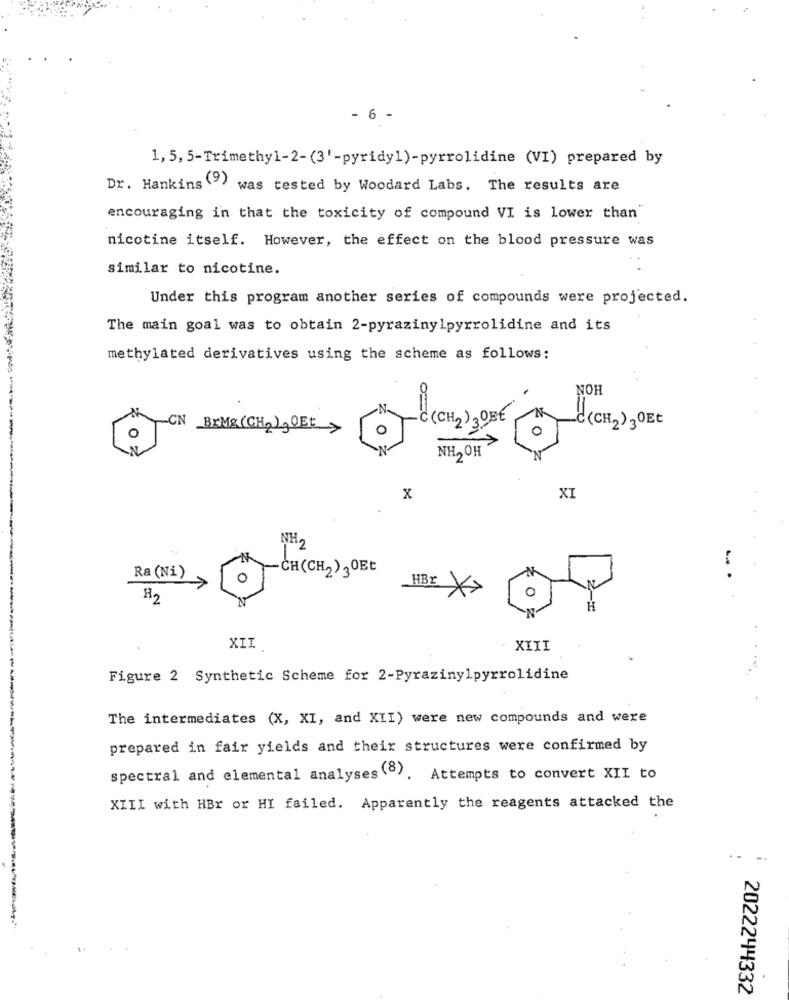
- 6
1, 5, 5-Trimethyl-2-(3'-pyridy1)-pyrrolidine (VI) prepared by
Dr. Hankins (9)
was tested by Woodard Labs. The results are
encouraging in that the toxicity of compound VI is lower than'
nicotine itself. However, the effect on the blood pressure was
similar to nicotine.
Under this program another series of compounds were projected.
The main goal was to obtain 2-pyrazinylpyrrolidine and its
methylated derivatives using the scheme as follows:
NOH
C(CH2)3OBE
CN BrMg(CH2),OEt>
~¿ (CH2)3ºEt
0
NH,OH
XI
X
NH,
CH(CH2)30Et
Ra (Ni)
HBY
H
XII
XIII
Figure 2 Synthetic Scheme for 2-Pyrazinylpyrrolidine
The intermediates (X, XI, and XII) were new compounds and were
prepared in fair yields and their structures were confirmed by
spectral and elemental analyses (). Attempts to convert XII to
XIII with HBr or HI failed. Apparently the reagents attacked the
2022244332